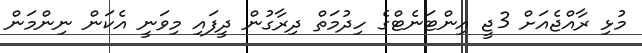
މުޅި ރާއްޖެއަށް 3ޖީ އިންޓަނެޓްގެ ހިދުމަތް ދިރާގުން ދީފައި މިވަނީ އެކަން ނިންމަން